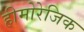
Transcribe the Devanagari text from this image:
हीमोरेजिक